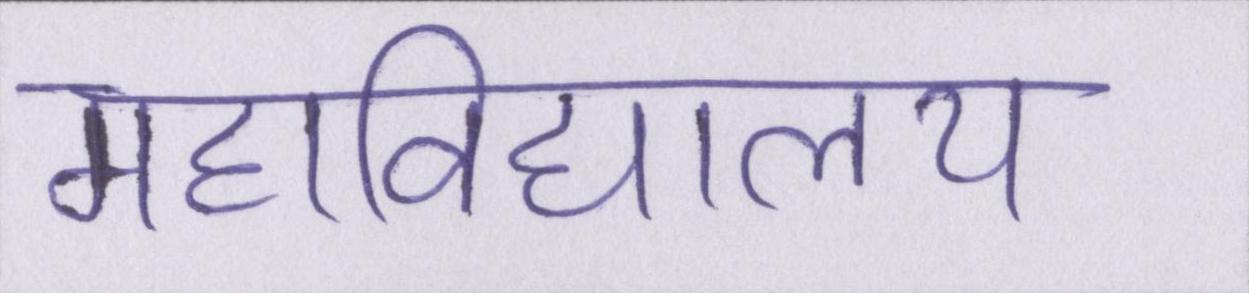
महाविद्यालय